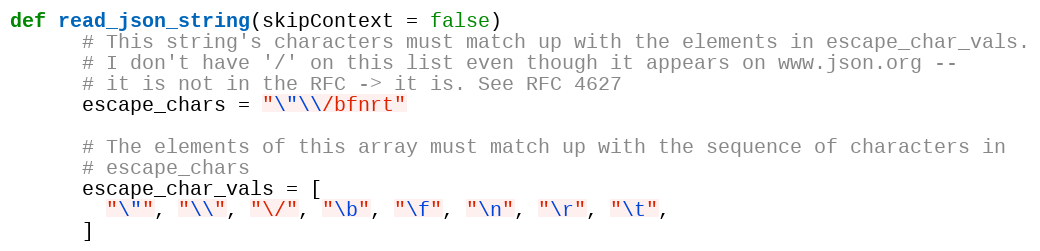
Language: Ruby
def read_json_string(skipContext = false)
      # This string's characters must match up with the elements in escape_char_vals.
      # I don't have '/' on this list even though it appears on www.json.org --
      # it is not in the RFC -> it is. See RFC 4627
      escape_chars = "\"\\/bfnrt"

      # The elements of this array must match up with the sequence of characters in
      # escape_chars
      escape_char_vals = [
        "\"", "\\", "\/", "\b", "\f", "\n", "\r", "\t",
      ]